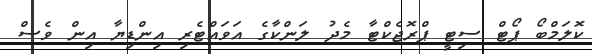
ކޮލަމްބޯ ޕޯޓް ސިޓީ ޕްރޮޖެކްޓާ މެދު ލަންކާގެ އަވައްޓެރި އިންޑިޔާ އިން ވެސް